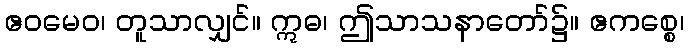
ဧဝမေဝ၊ တူသာလျှင်။ ဣဓ၊ ဤသာသနာတော်၌။ ဧကစ္စေ၊